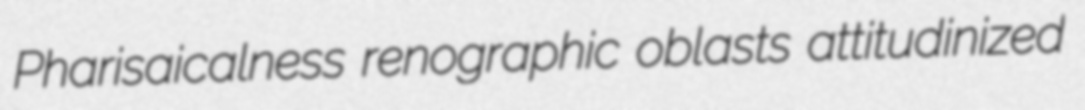
Pharisaicalness renographic oblasts attitudinized